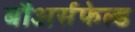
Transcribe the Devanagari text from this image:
बौअर्सफेल्ड